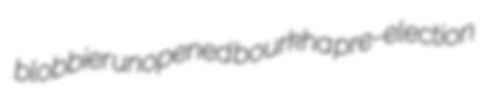
blobbier unopened bourkha pre-election